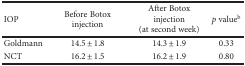
<table><thead><tr><td><b>IOP</b></td><td><b>Before Botox injection</b></td><td><b>After Botox injection (at second week)</b></td><td><b><i>p</i> value<sup>b</sup></b></td></tr></thead><tbody><tr><td>Goldmann</td><td>14.5 ± 1.8</td><td>14.3 ± 1.9</td><td>0.33</td></tr><tr><td>NCT</td><td>16.2 ± 1.5</td><td>16.2 ± 1.9</td><td>0.80</td></tr></tbody></table>